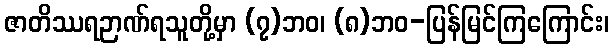
ဇာတိဿရဉာဏ်ရသူတို့မှာ (၇)ဘဝ၊ (၈)ဘဝ-ပြန်မြင်ကြကြောင်း၊